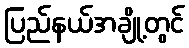
ပြည်နယ်အချို့တွင်